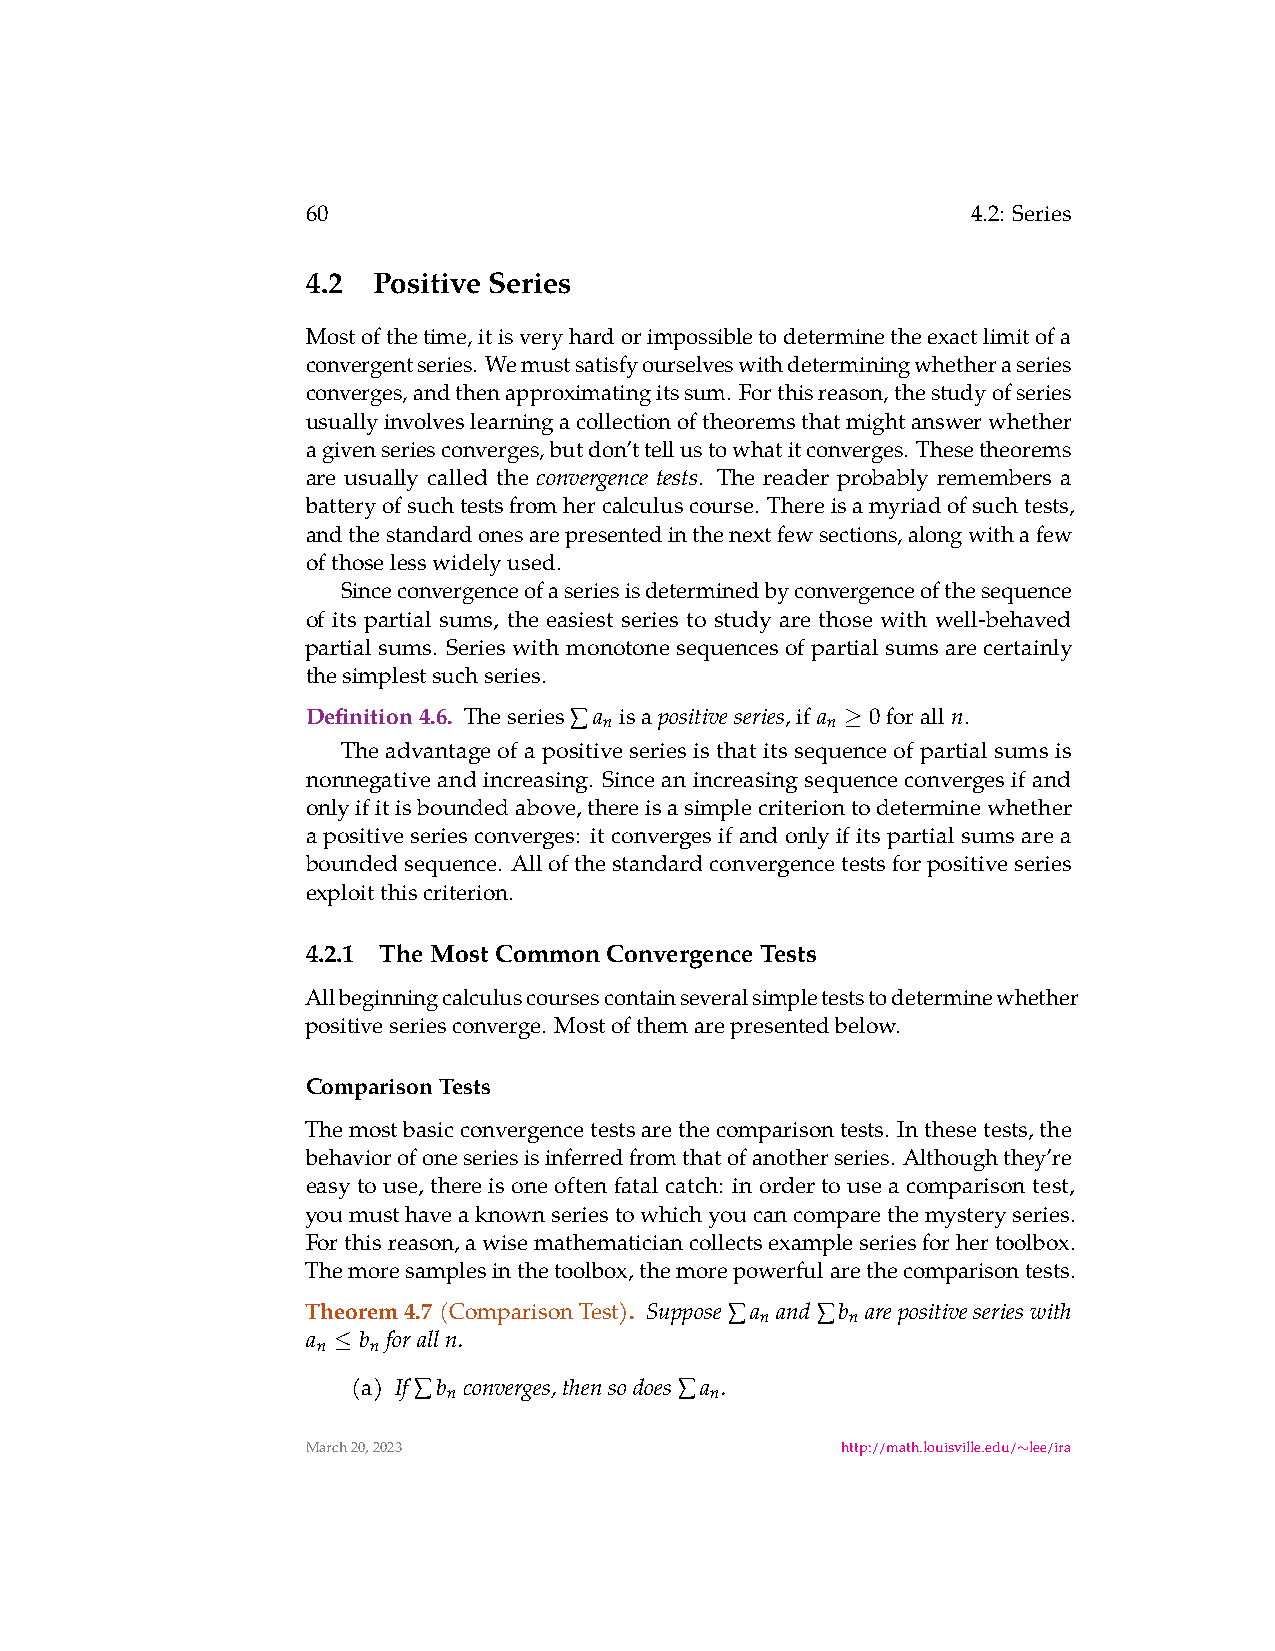
60                                          4.2: Series
 4.2  Positive Series
 Mostofthetime,itisveryhardorimpossibletodeterminetheexactlimitofa
 convergentseries. Wemustsatisfyourselveswithdeterminingwhetheraseries
 converges,andthenapproximatingitssum. Forthisreason,thestudyofseries
 usuallyinvolveslearningacollectionoftheoremsthatmightanswerwhether
 agivenseriesconverges,butdon’ttellustowhatitconverges. Thesetheorems
 are usually called the    . The reader probably remembers a
 convergence tests
 batteryofsuchtestsfromhercalculuscourse. Thereisamyriadofsuchtests,
 andthestandardonesarepresentedinthenextfewsections,alongwithafew
 ofthoselesswidelyused.
 Sinceconvergenceofaseriesisdeterminedbyconvergenceofthesequence
 of its partial sums, the easiest series to study are those with well-behaved
 partialsums. Serieswithmonotonesequencesofpartialsumsarecertainly
 thesimplestsuchseries.
 Definition4.6. Theseries∑a isa positiveseries,if a 0foralln.
 n              n
 ≥
 The advantage of a positive series is that its sequence of partial sums is
 nonnegativeandincreasing. Sinceanincreasingsequenceconvergesifand
 onlyifitisboundedabove,thereisasimplecriteriontodeterminewhether
 a positive series converges: it converges if and only if its partial sums are a
 boundedsequence. Allofthestandardconvergencetestsforpositiveseries
 exploitthiscriterion.
 4.2.1 TheMostCommonConvergenceTests
 Allbeginningcalculuscoursescontainseveralsimpleteststodeterminewhether
 positiveseriesconverge. Mostofthemarepresentedbelow.
 ComparisonTests
 Themostbasicconvergencetestsarethecomparisontests. Inthesetests,the
 behaviorofoneseriesisinferredfromthatofanotherseries. Althoughthey’re
 easytouse, thereisoneoftenfatalcatch: inordertouseacomparisontest,
 youmusthaveaknownseriestowhichyoucancomparethemysteryseries.
 Forthisreason,awisemathematiciancollectsexampleseriesforhertoolbox.
 Themoresamplesinthetoolbox,themorepowerfularethecomparisontests.
 Theorem4.7(ComparisonTest). Suppose∑a and∑b arepositiveserieswith
 n     n
 a   b foralln.
 n  n
 ≤
 (a) If∑b converges,thensodoes∑a .
 n                n
 March20,2023                        http://math.louisville.edu/ lee/ira
 ∼